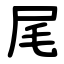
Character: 尾